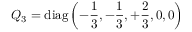
Q _ { 3 } = \mathrm { d i a g } \left( - { \frac { 1 } { 3 } } , - { \frac { 1 } { 3 } } , + { \frac { 2 } { 3 } } , 0 , 0 \right)